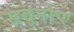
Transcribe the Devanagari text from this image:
सद्गोप